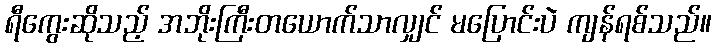
ရီကွေးဆိုသည့် အဘိုးကြီးတယောက်သာလျှင် မပြောင်းပဲ ကျန်ရစ်သည်။